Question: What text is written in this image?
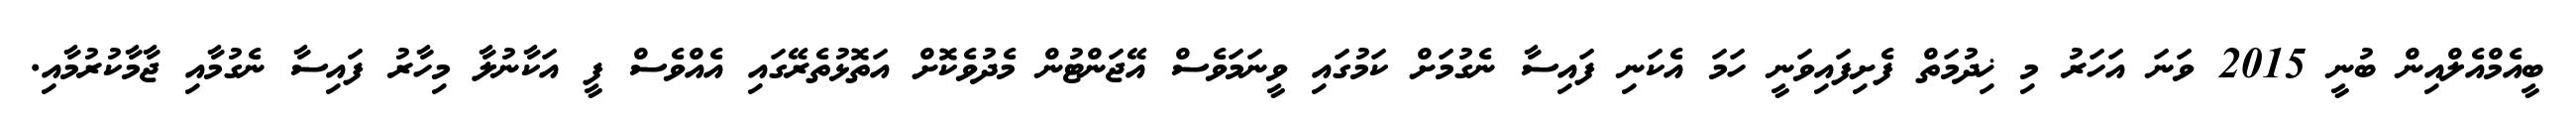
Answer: ބީއެމްއެލްއިން ބުނީ 2015 ވަނަ އަހަރު މި ޚިދުމަތް ފެށިފައިވަނީ ހަމަ އެކަނި ފައިސާ ނެގުމަށް ކަމުގައި ވީނަމަވެސް އޭޖަންޓުން މެދުވެކޮށް އަތޮޅުތެރޭގައި އެއްވެސް ފީ އަކާނުލާ މިހާރު ފައިސާ ނެގުމާއި ޖާމާކުރުމާއި.